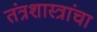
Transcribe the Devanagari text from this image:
तंत्रशास्त्रांचा